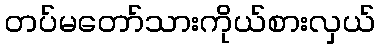
တပ်မတော်သားကိုယ်စားလှယ်